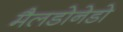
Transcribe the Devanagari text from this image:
मैलडोनेडो